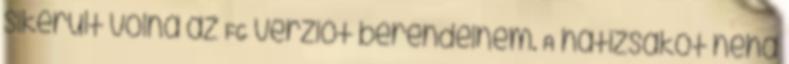
sikerült volna az FG verziót berendelnem. A hátizsákot néha